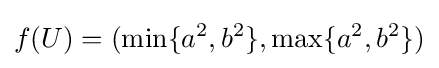
f(U)=(\min\{a^{2},b^{2}\},\max\{a^{2},b^{2}\})